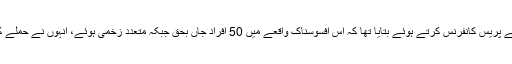
نیوزی لینڈ کی وزیر اعظم نے پریس کانفرنس کرتے ہوئے بتایا تھا کہ اس افسوسناک واقعے میں 50 افراد جاں بحق جبکہ متعدد زخمی ہوئے، انہوں نے حملے کو دہشت گردی قرار دیا تھا۔